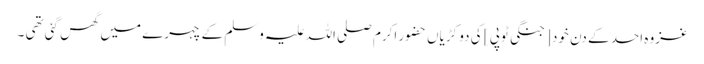
غزوہ احد کے دن خود [ جنگی ٹوپی ] کی دو کڑیاں حضور اکرم صلی اللہ علیہ وسلم کے چہرے میں گھس گئی تھی ۔